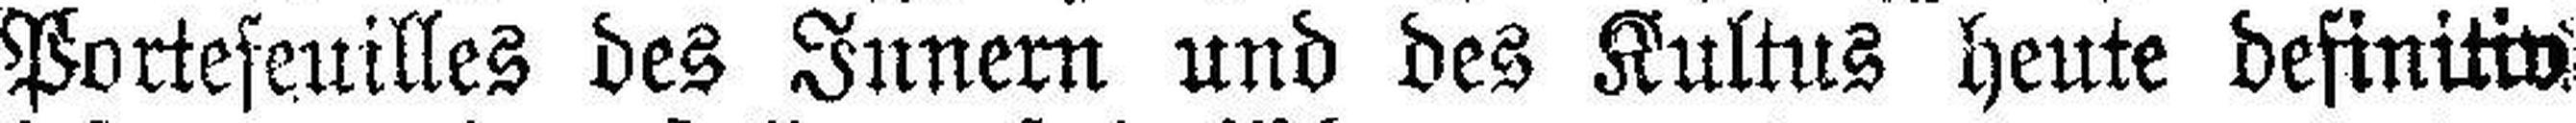
Portefeuilles des Junern und des Kultus heute definitiv